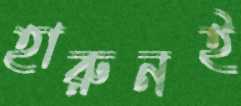
হারুনই